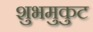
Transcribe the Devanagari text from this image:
शुभमुकुट